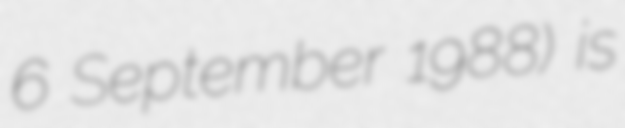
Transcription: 6 September 1988) is